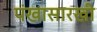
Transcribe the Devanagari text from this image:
पंखासारखी